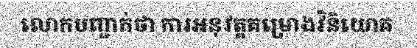
លោកបញ្ជាក់ថា ការអនុវត្តគម្រោងវិនិយោគ